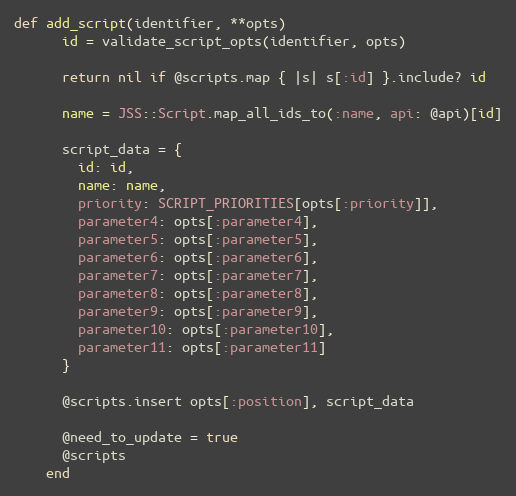
Language: Ruby
def add_script(identifier, **opts)
      id = validate_script_opts(identifier, opts)

      return nil if @scripts.map { |s| s[:id] }.include? id

      name = JSS::Script.map_all_ids_to(:name, api: @api)[id]

      script_data = {
        id: id,
        name: name,
        priority: SCRIPT_PRIORITIES[opts[:priority]],
        parameter4: opts[:parameter4],
        parameter5: opts[:parameter5],
        parameter6: opts[:parameter6],
        parameter7: opts[:parameter7],
        parameter8: opts[:parameter8],
        parameter9: opts[:parameter9],
        parameter10: opts[:parameter10],
        parameter11: opts[:parameter11]
      }

      @scripts.insert opts[:position], script_data

      @need_to_update = true
      @scripts
    end